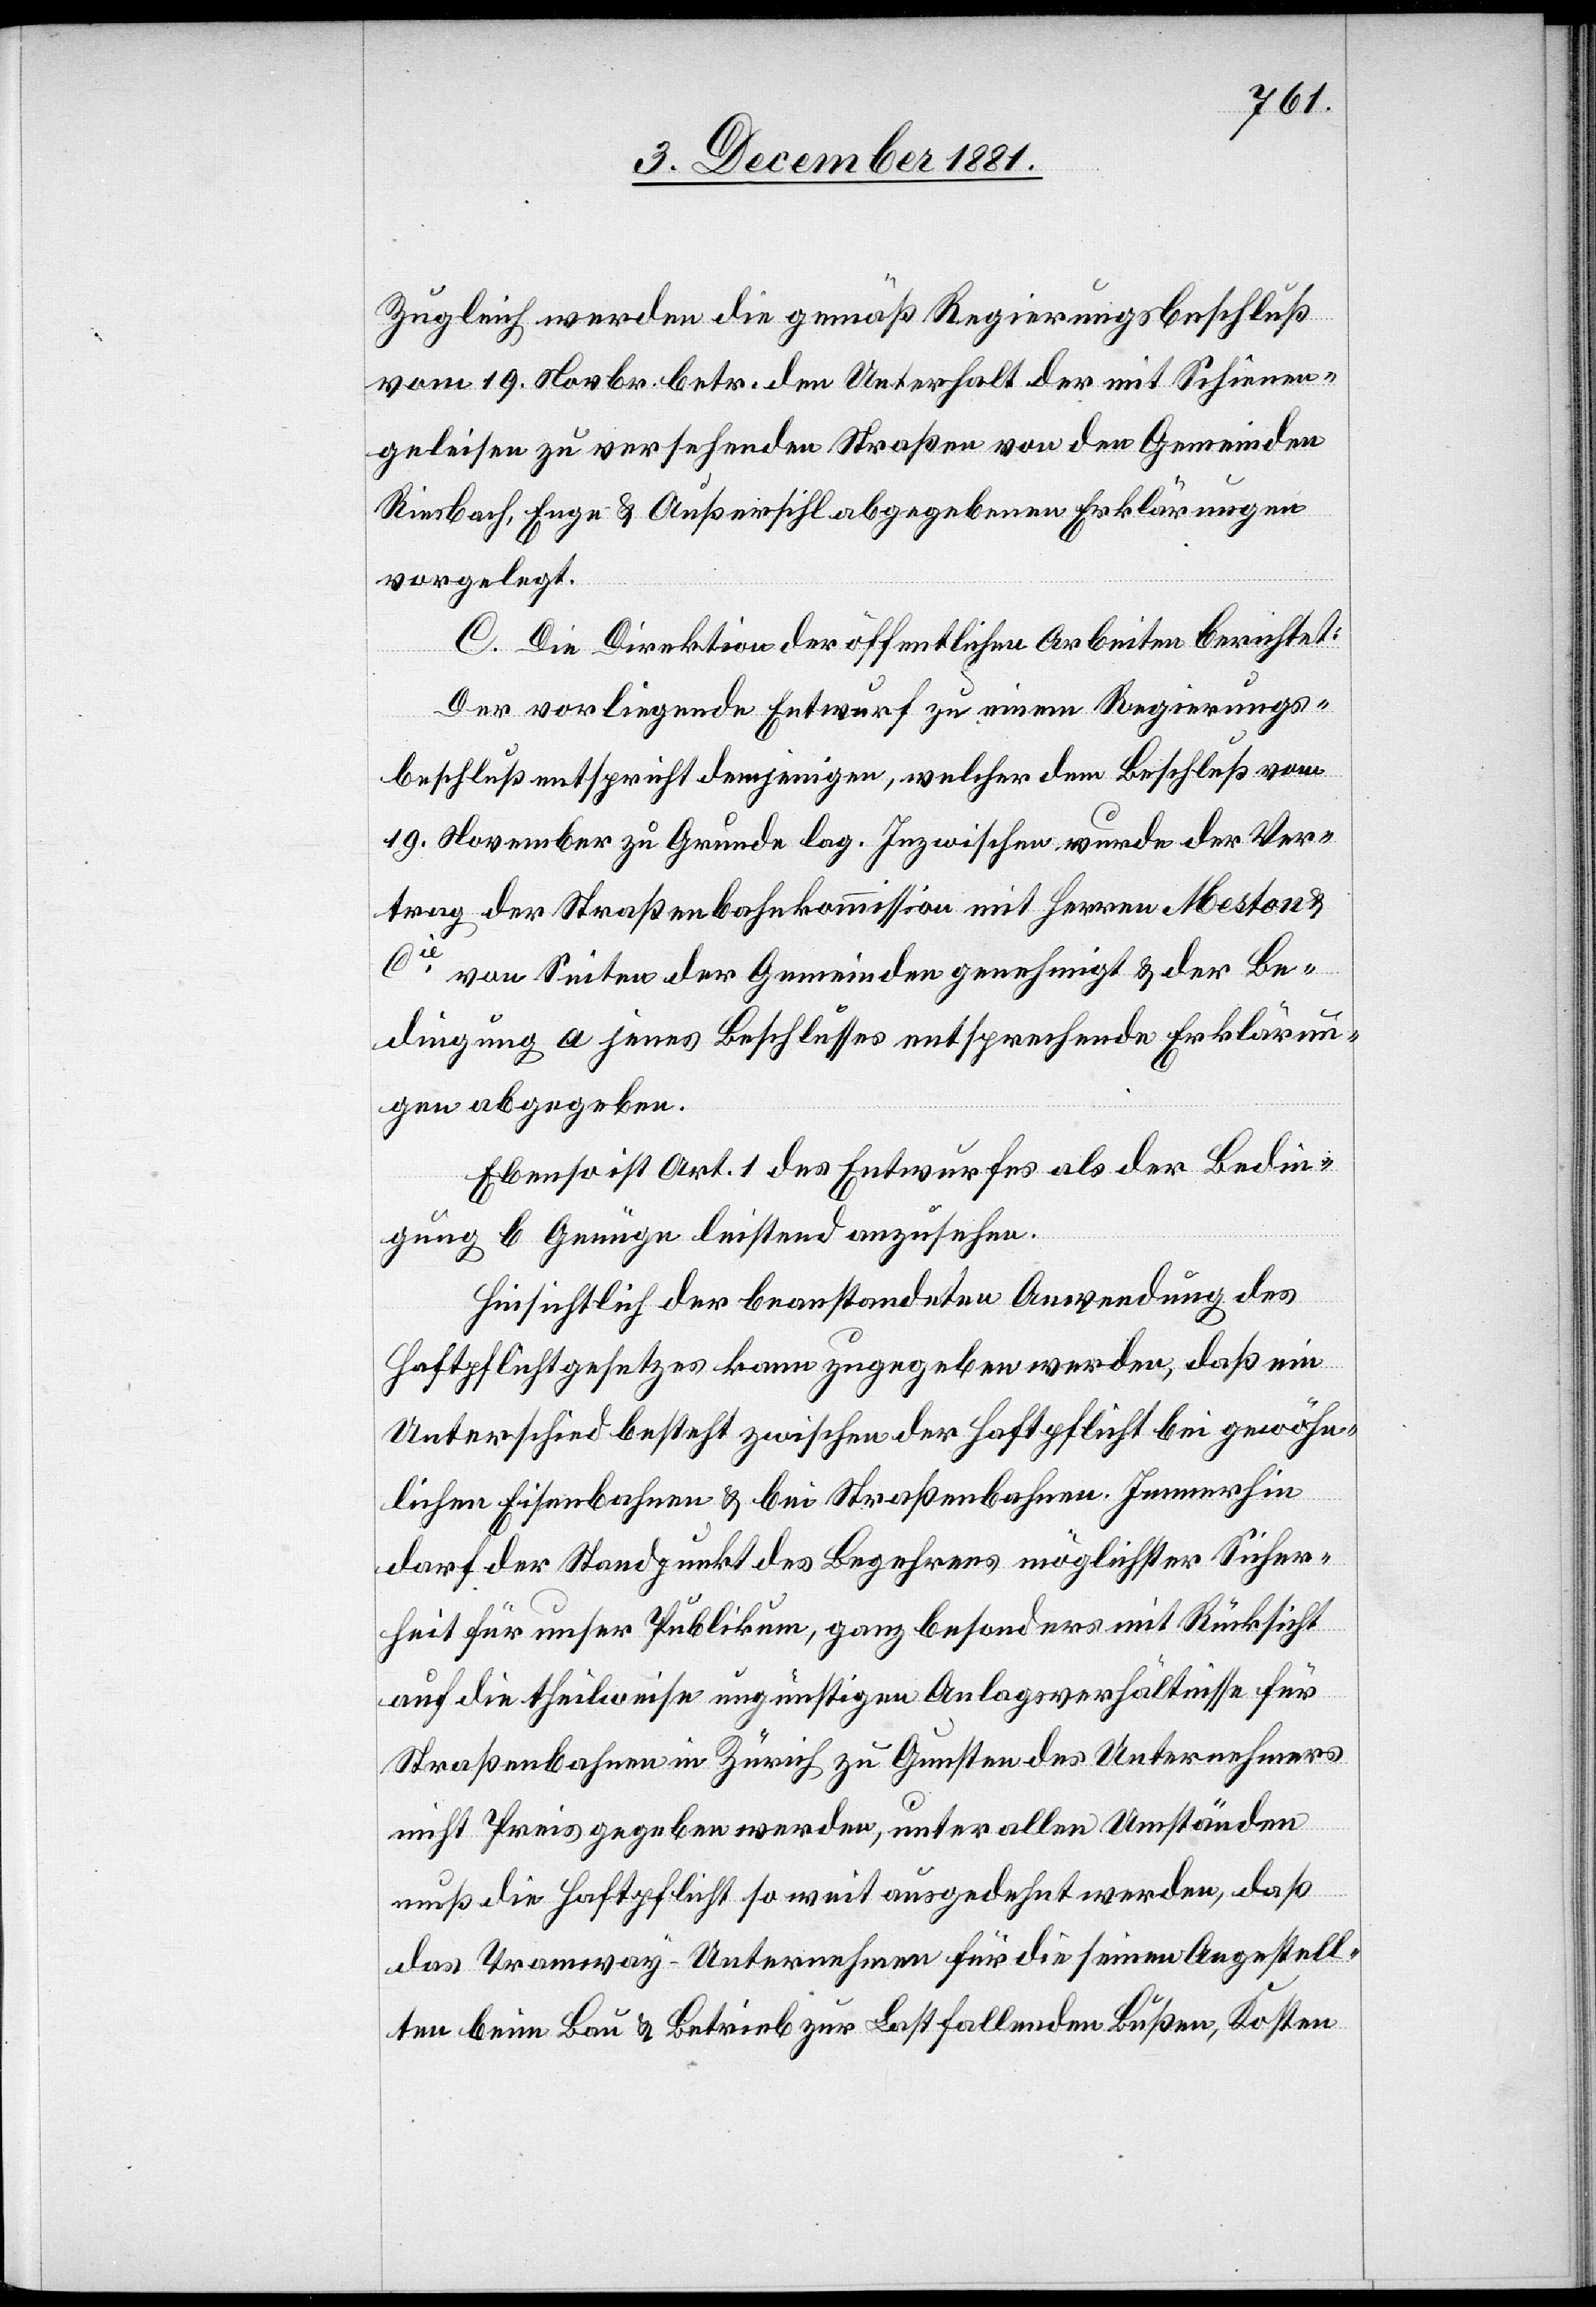
Zugleich werden die gemäß Regierungsbeschluß
vom 19. Novbr. betr. den Unterhalt der mit Schienen¬
geleisen zu versehenden Straßen von den Gemeinden
Riesbach, Enge & Außersihl abgegebenen Erklärungen
vorgelegt.
C. Die Direktion der öffentlichen Arbeiten berichtet:
Der vorliegende Entwurf zu einem Regierungs¬
beschluß entspricht demjenigen, welcher dem Beschluß vom
19. November zu Grunde lag. Inzwischen wurde der Ver¬
trag der Straßenbahnkommission mit Herren Meston &
Cie von Seiten der Gemeinden genehmigt & der Be¬
dingung a jenes Beschlusses entsprechende Erklärun¬
gen abgegeben.
Ebenso ist Art. 1 des Entwurfes als der Bedin¬
gung b Genüge leistend anzusehen.
Hinsichtlich der beanstandeten Anwendung des
Haftpflichtgesetzes kann zugegeben werden, daß ein
Unterschied besteht zwischen der Haftpflicht bei gewöhn¬
lichen Eisenbahnen & bei Straßenbahnen. Immerhin
darf der Standpunkt des Begehrens möglichster Sicher¬
heit für unser Publikum, ganz besonders mit Rücksicht
auf die theilweise ungünstigen Anlagsverhältnisse für
Straßenbahnen in Zürich zu Gunsten des Unternehmers
nicht Preis gegeben werden, unter allen Umständen
muß die Haftpflicht so weit ausgedehnt werden, daß
das Tramway-Unternehmen für die seinen Angestell¬
ten beim Bau & Betrieb zur Last fallenden Bußen, Kosten